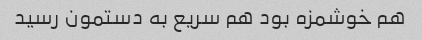
هم خوشمزه بود هم سریع به دستمون رسید